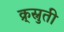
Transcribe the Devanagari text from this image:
क्र्स्नुती